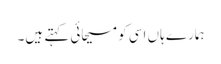
ہمارے ہاں اسی کو مسیحائی کہتے ہیں۔